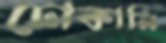
ঢোকালি